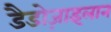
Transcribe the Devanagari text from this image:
डैडोज़ाइलान